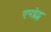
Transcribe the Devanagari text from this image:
एपप्लेट्स